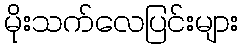
မိုးသက်လေပြင်းများ